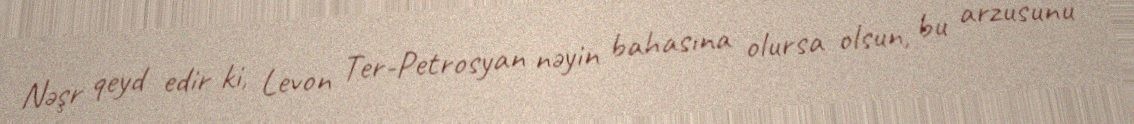
Nəşr qeyd edir ki, Levon Ter-Petrosyan nəyin bahasına olursa olsun, bu arzusunu